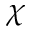
\chi